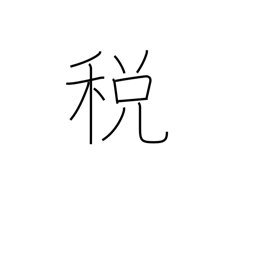
Meaning: tax